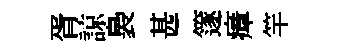
胥諒裊甚篴瘴竿